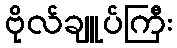
ဗိုလ်ချူပ်ကြီး